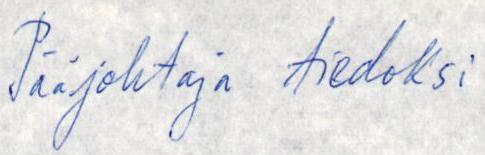
Pääjohtaja tiedoksi